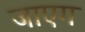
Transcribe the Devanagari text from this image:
जाएग